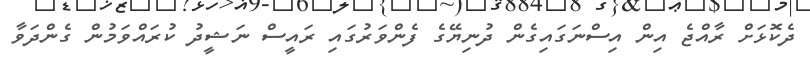
ދެކޮޅަށް ރާއްޖެ އިން އިސްނަގައިގެން ދުނިޔޭގެ ފެންވަރުގައި ރައީސް ނަޝީދު ކުރައްވަމުން ގެންދަވާ